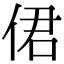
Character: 侰